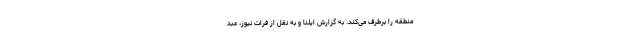
منطقه را برطرف می‌کند. به گزارش ایلنا و به نقل از فرات نیوز، عبد